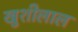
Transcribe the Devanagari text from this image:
खुशीलाल